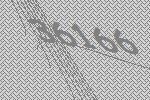
36166